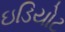
ઇડિયોટ